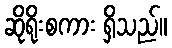
ဆိုရိုးစကား ရှိသည်။